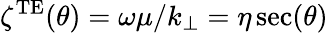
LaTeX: \zeta^{\mathrm{TE}}(\theta)=\omega\mu/k_{\perp}=\eta\sec(\theta)